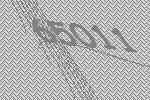
65011